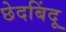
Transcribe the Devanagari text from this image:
छेदबिंदू